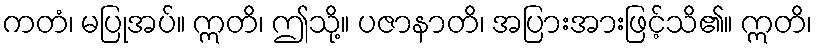
ကတံ၊ မပြုအပ်။ ဣတိ၊ ဤသို့။ ပဇာနာတိ၊ အပြားအားဖြင့်သိ၏။ ဣတိ၊